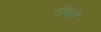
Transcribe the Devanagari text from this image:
नौबल